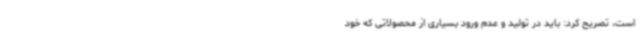
است، تصریح کرد: باید در تولید و عدم ورود بسیاری از محصولاتی که خود